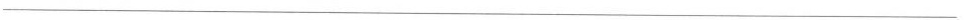
___